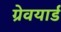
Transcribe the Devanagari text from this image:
ग्रेवयार्ड